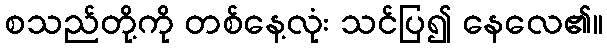
စသည်တို့ကို တစ်နေ့လုံး သင်ပြ၍ နေလေ၏။